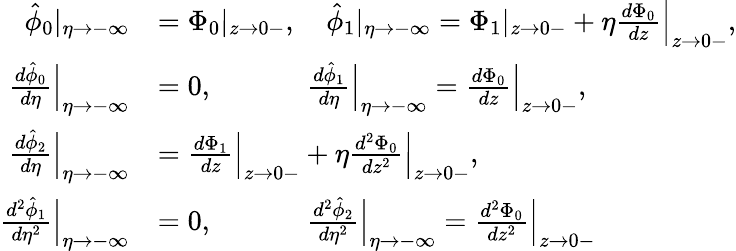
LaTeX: \begin{array}{rl}{\hat{\phi}_{0}|_{\eta\to-\infty}}&{={\Phi}_{0}|_{z\to 0-},\quad\hat{\phi}_{1}|_{\eta\to-\infty}={\Phi}_{1}|_{z\to 0-}+\eta\frac{d{\Phi}_{0}}{dz}\Big|_{z\to 0-},}\\ {\frac{d\hat{\phi}_{0}}{d\eta}\Big|_{\eta\to-\infty}}&{=0,\quad\quad\quad\; \frac{d\hat{\phi}_{1}}{d\eta}\Big|_{\eta\to-\infty}=\frac{d{\Phi}_{0}}{dz}\Big|_{z\to 0-},}\\ {\frac{d\hat{\phi}_{2}}{d\eta}\Big|_{\eta\to-\infty}}&{=\frac{d{\Phi}_{1}}{dz}\Big|_{z\to 0-}+\eta\frac{d^{2}{\Phi}_{0}}{dz^{2}}\Big|_{z\to 0-},}\\ {\frac{d^{2}\hat{\phi}_{1}}{d\eta^{2}}\Big|_{\eta\to-\infty}}&{=0,\quad\quad\quad\; \frac{d^{2}\hat{\phi}_{2}}{d\eta^{2}}\Big|_{\eta\to-\infty}=\frac{d^{2}{\Phi}_{0}}{dz^{2}}\Big|_{z\to 0-}}\end{array}